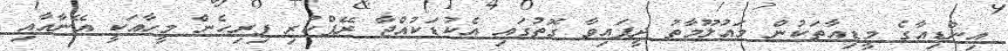
އިންޑިއާގެ މީޑިއާތަކުން މައުލޫމާތު ދީފައިވާ ގޮތުގައި އެކުޑަކުއްޖާ ރޭޕްކުރި ފިރިހެން މީހާއަކީ އޭނާއާއި